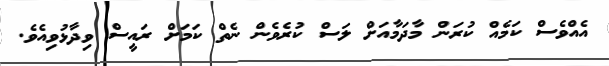
އެއްވެސް ކަމެއް ކުރަން މާދަމާއަށް ލަސް ކުރެވެން ނެތް ކަމަށް ރައީސް ވިދާޅުވިއެވެ.